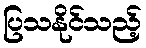
ပြသနိုင်သည့်